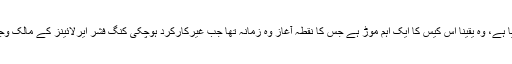
بہرحال پیر کے روز وجئے مالیا کی ہندوستان کو حوالگی سے متعلق جو فیصلہ سامنے آیا ہے، وہ یقینا اس کیس کا ایک اہم موڑ ہے جس کا نقطہ آغاز وہ زمانہ تھا جب غیرکارکرد ہوچکی کنگ فشر ایرلائینز کے مالک وجے مالیا نے ہندوستان کے کئی قومی بینکوں سے خطیر رقمی قرضے حاصل کئے تھے۔